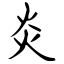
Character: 炎